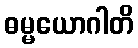
ဓမ္မယောဂါတိ